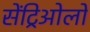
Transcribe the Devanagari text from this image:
सेंट्रिओलों